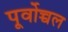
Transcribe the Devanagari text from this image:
पूर्वोच्चल